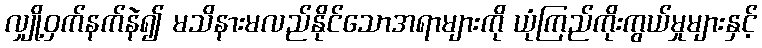
လျှို့ဝှက်နက်နဲ၍ မသိနားမလည်နိုင်သောအရာများကို ယုံကြည်ကိုးကွယ်မှုများနှင့်